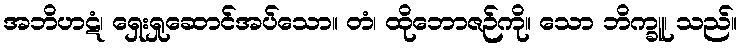
အဘိဟဋံ၊ ရှေးရှုဆောင်အပ်သော။ တံ၊ ထိုဘောဇဉ်ကို။ သော ဘိက္ခူ၊ သည်။